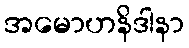
အမောဟနိဒါနာ